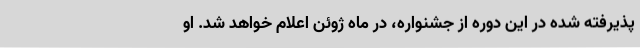
پذیرفته شده در این دوره از جشنواره، در ماه ژوئن اعلام خواهد شد. او